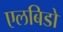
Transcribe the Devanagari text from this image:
एलबिडो